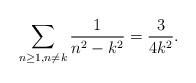
LaTeX: \begin{align*}\sum_{{{n\geq1},{n\neq{k}}}}\frac{1}{{n}^2-{{k}^2}}=\frac{3}{4k^2}.\end{align*}